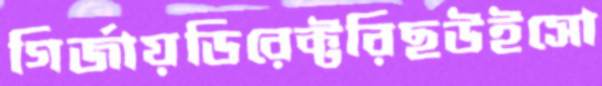
গির্জায়ডিরেক্টরিছউইসো